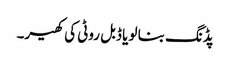
پڈنگ بنا لو یا ڈبل روٹی کی کھیر۔